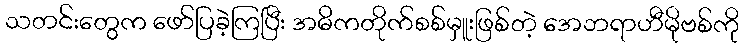
သတင်းတွေက ဖော်ပြခဲ့ကြပြီး အဓိကတိုက်စစ်မှူးဖြစ်တဲ့ အေဘရာဟီမိုဗစ်ကို